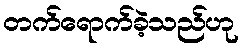
တက်ရောက်ခဲ့သည်ဟု